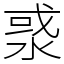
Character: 㳼